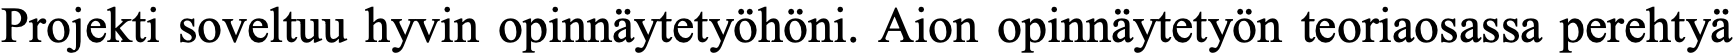
Projekti soveltuu hyvin opinnäytetyöhöni. Aion opinnäytetyön teoriaosassa perehtyä